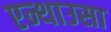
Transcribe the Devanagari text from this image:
एन्थाउसा